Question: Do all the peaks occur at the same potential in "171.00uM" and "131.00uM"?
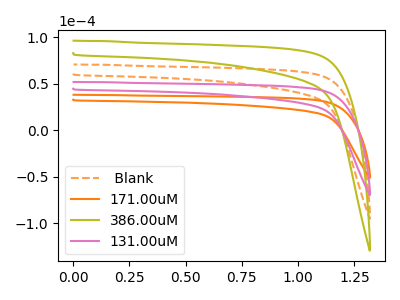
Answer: <think>The orange dashed curve " Blank" has no peaks. The orange curve "171.00uM" has no peaks. The olive curve "386.00uM" has no peaks. The pink curve "131.00uM" has no peaks.</think>
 <answer>Niether CV has any peaks.</answer>
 <eval>blanks</eval>